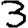
Digit: 3